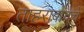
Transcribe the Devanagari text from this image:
ताहराबादचे